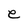
Character: e